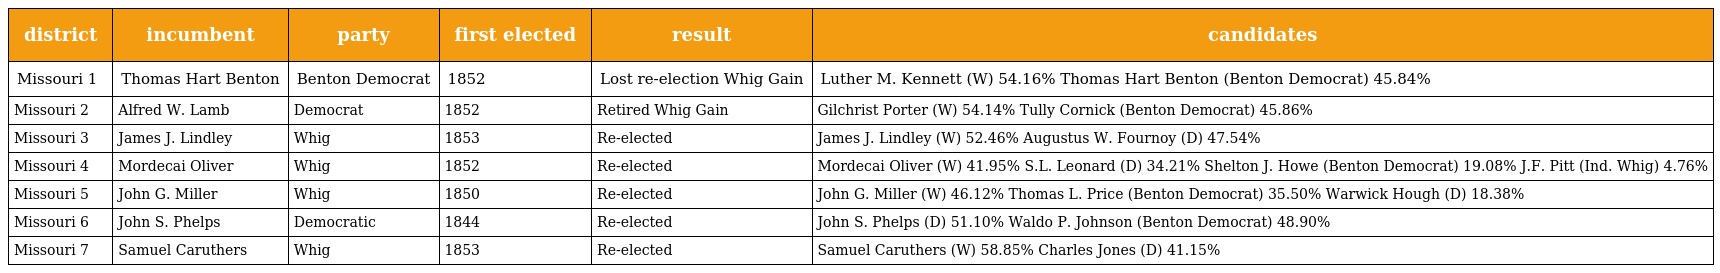
| district | incumbent | party | first elected | result | candidates |
 | --- | --- | --- | --- | --- | --- |
 | Missouri 1 | Thomas Hart Benton | Benton Democrat | 1852 | Lost re-election Whig Gain | Luther M. Kennett (W) 54.16% Thomas Hart Benton (Benton Democrat) 45.84% |
 | Missouri 2 | Alfred W. Lamb | Democrat | 1852 | Retired Whig Gain | Gilchrist Porter (W) 54.14% Tully Cornick (Benton Democrat) 45.86% |
 | Missouri 3 | James J. Lindley | Whig | 1853 | Re-elected | James J. Lindley (W) 52.46% Augustus W. Fournoy (D) 47.54% |
 | Missouri 4 | Mordecai Oliver | Whig | 1852 | Re-elected | Mordecai Oliver (W) 41.95% S.L. Leonard (D) 34.21% Shelton J. Howe (Benton Democrat) 19.08% J.F. Pitt (Ind. Whig) 4.76% |
 | Missouri 5 | John G. Miller | Whig | 1850 | Re-elected | John G. Miller (W) 46.12% Thomas L. Price (Benton Democrat) 35.50% Warwick Hough (D) 18.38% |
 | Missouri 6 | John S. Phelps | Democratic | 1844 | Re-elected | John S. Phelps (D) 51.10% Waldo P. Johnson (Benton Democrat) 48.90% |
 | Missouri 7 | Samuel Caruthers | Whig | 1853 | Re-elected | Samuel Caruthers (W) 58.85% Charles Jones (D) 41.15% |